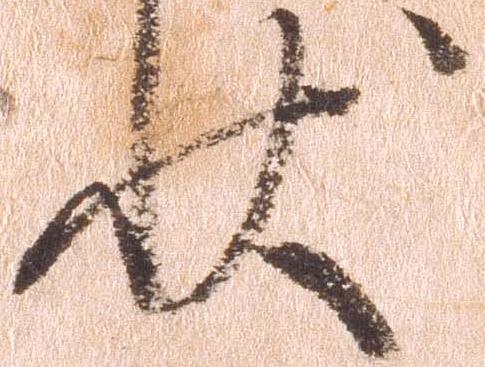
状